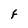
Character: F